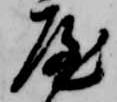
屋